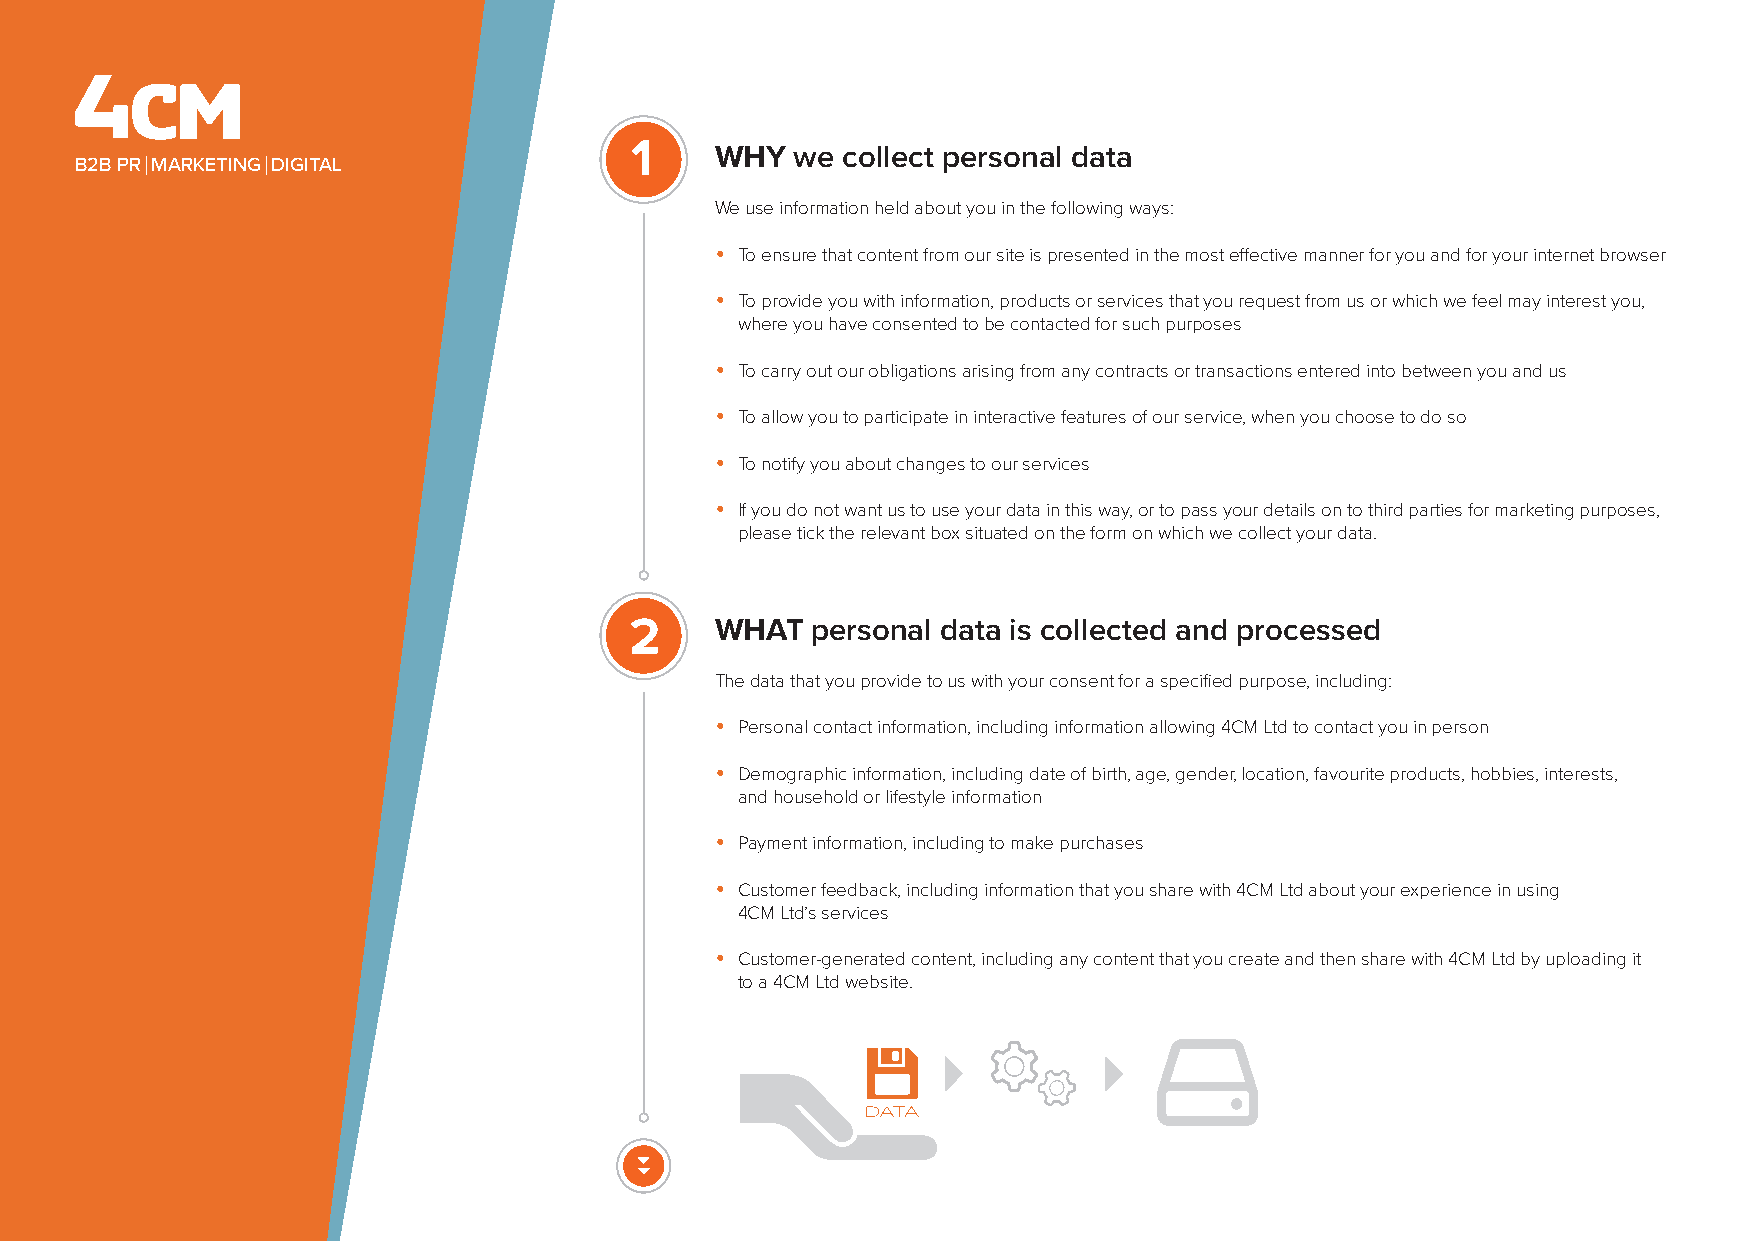
1    WHY   we collect personal data
 B2B PR MARKETING DIGITAL
 We use information held about you in the following ways:
 •
 To ensure that content from our site is presented in the most effective manner for you and for your internet browser
 •
 To provide you with information, products or services that you request from us or which we feel may interest you,
 where you have consented to be contacted for such purposes
 •
 To carry out our obligations arising from any contracts or transactions entered into between you and us
 •
 To allow you to participate in interactive features of our service, when you choose to do so
 •
 To notify you about changes to our services
 •
 If you do not want us to use your data in this way, or to pass your details on to third parties for marketing purposes,
 please tick the relevant box situated on the form on which we collect your data.
 2    WHAT   personal data is collected and processed
 The data that you provide to us with your consent for a specified purpose, including:
 •
 Personal contact information, including information allowing 4CM Ltd to contact you in person
 •
 Demographic information, including date of birth, age, gender, location, favourite products, hobbies, interests,
 and household or lifestyle information
 •
 Payment information, including to make purchases
 •
 Customer feedback, including information that you share with 4CM Ltd about your experience in using
 4CM Ltd’s services
 •
 Customer-generated content, including any content that you create and then share with 4CM Ltd by uploading it
 to a 4CM Ltd website.